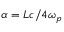
\alpha = L c / 4 \omega _ { p }